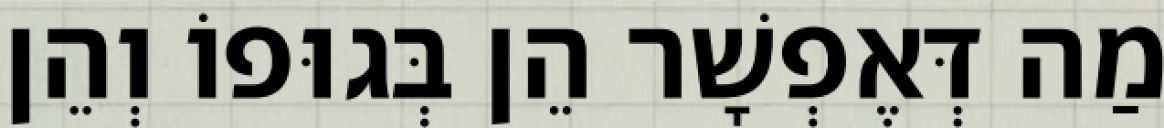
מַה דְּאֶפְשָׁר הֵן בְּגוּפוֹ וְהֵן